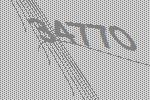
34770